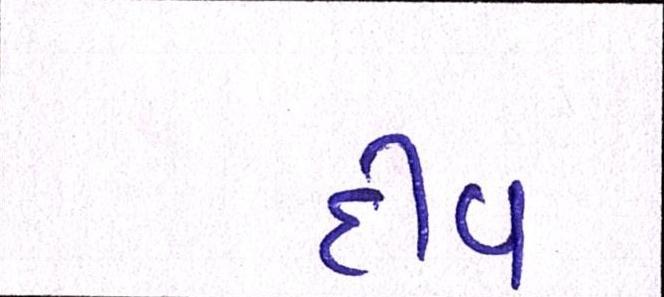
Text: દીવ